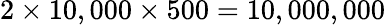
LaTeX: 2\times 10,000\times 500=10,000,000